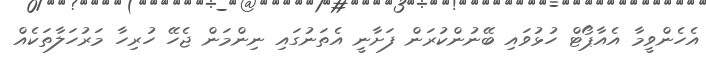
އެހެންވީމާ އެއާޕޯޓް ހުޅުވައި ބޭނުންކުރަން ފަށާނީ އެތަނުގައި ނިންމަން ޖެހޭ ހުރިހާ މަރުހަލާތަކެއް